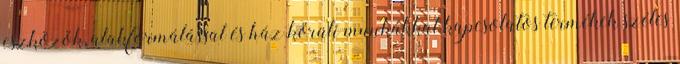
eszközök, alakformálással és ház körüli munkákkal kapcsolatos termékek széles